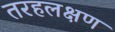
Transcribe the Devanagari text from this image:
तरहलक्षण